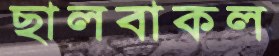
ছালবাকল